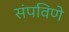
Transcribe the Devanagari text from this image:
संपविणे